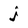
Character: j